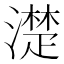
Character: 濋